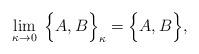
LaTeX: \begin{align*}\lim_{\kappa \rightarrow 0}\; \Big \{ A,B \Big \}_{\kappa} = \Big \{A,B \Big \},\end{align*}